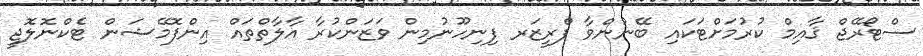
ސްޓޯރޭޖް ޤާއިމް ކުރުމަށްޓަކައި ބޭނުންވާ ފްރީޒަރ ފިނިހޫނުމިން ވަޒަންކުރާ އާލާތްތައް އިންފޮމޭޝަން ޓެކްނޮލޮޖީ